Scientific memoirs by medical officers of the Army of India - Part IX,
Year: 1895
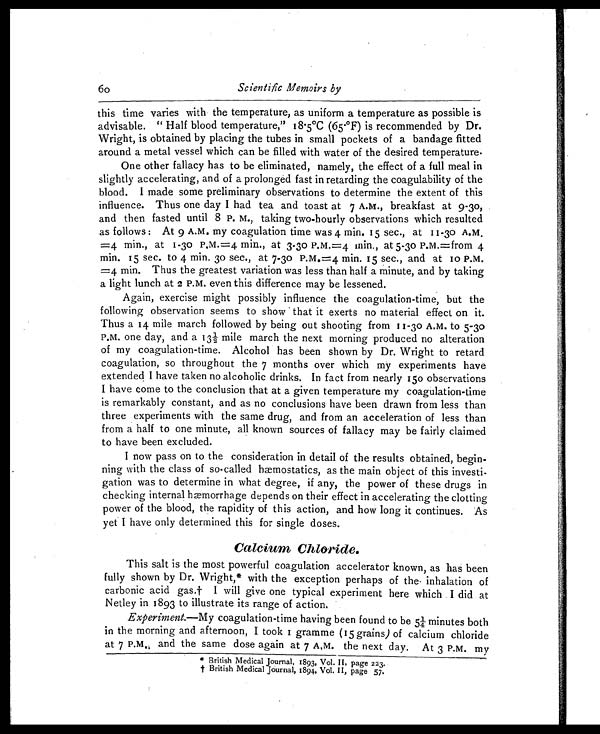
60
Scientific Memoirs by
this time varies with the temperature, as uniform a temperature as possible is
advisable. " Half blood temperature," 18.5°C (65.°F) is recommended by Dr.
Wright, is obtained by placing the tubes in small pockets of a bandage fitted
around a metal vessel which can be filled with water of the desired temperature.
One other fallacy has to be eliminated, namely, the effect of a full meal in
slightly accelerating, and of a prolonged fast in retarding the coagulability of the
blood. I made some preliminary observations to determine the extent of this
influence. Thus one day I had tea and toast at 7 A.M., breakfast at 9-30,
and then fasted until 8 P. M., taking two-hourly observations which resulted
as follows : At 9 A.M. my coagulation time was 4 min. 15 sec., at 11-30 A.M
.=4 min., at 1-30 P.M.=4 min., at 3-30 P.m.=4 min., at 5-30 P.M.=from 4
min. 15 sec. to 4 min. 30 sec., at 7-30 P.M.=4 min. 15 sec., and at 10 P.M.
=4 min. Thus the greatest variation was less than half a minute, and by taking
a light lunch at 2 P.M. even this difference may be lessened.
Again, exercise might possibly influence the coagulation-time, but the
following observation seems to show that it exerts no material effect on it.
Thus a 14 mile march followed by being out shooting from 11-30 A.M. to 5-30
P.M. one day, and a 13½ mile march the next morning produced no alteration
of my coagulation-time. Alcohol has been shown by Dr. Wright to retard
coagulation, so throughout the 7 months over which my experiments have
extended I have taken no alcoholic drinks. In fact from nearly 150 observations
I have come to the conclusion that at a given temperature my coagulation-time
is remarkably constant, and as no conclusions have been drawn from less than
three experiments with the same drug, and from an acceleration of less than
from a half to one minute, all known sources of fallacy may be fairly claimed
to have been excluded.
I now pass on to the consideration in detail of the results obtained, begin-
ning with the class of so-called hæmostatics, as the main object of this investi-
gation was to determine in what degree, if any, the power of these drugs in
checking internal hæmorrhage depends on their effect in accelerating the clotting
power of the blood, the rapidity of this action, and how long it continues. As
yet I have only determined this for single doses.
Calcium Chloride.
This salt is the most powerful coagulation accelerator known, as has been
fully shown by Dr. Wright,* with the exception perhaps of the inhalation of
carbonic acid gas.† I will give one typical experiment here which I did at
Netley in 1893 to illustrate its range of action.
Experiment. —My coagulation-time having been found to be 5¼ minutes both
in the morning and afternoon, I took 1 gramme (15 grains) of calcium chloride
at 7 P.M. and the same dose again at 7 A.M. the next day. At 3 P.M. my
* British Medical Journal, 1893, Vol. II, page 223.
† B r i t i s h M e d i c a l J o u r n a l , 1 8 9 4 , V o l . I I , p a g e 5 7 .